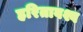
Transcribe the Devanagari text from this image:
हरितावश्व